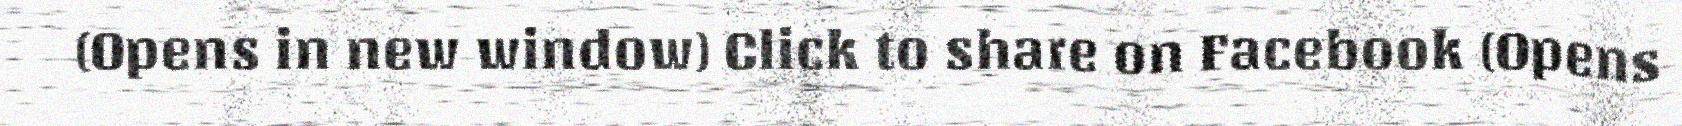
(Opens in new window) Click to share on Facebook (Opens